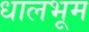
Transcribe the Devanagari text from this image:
धालभूम